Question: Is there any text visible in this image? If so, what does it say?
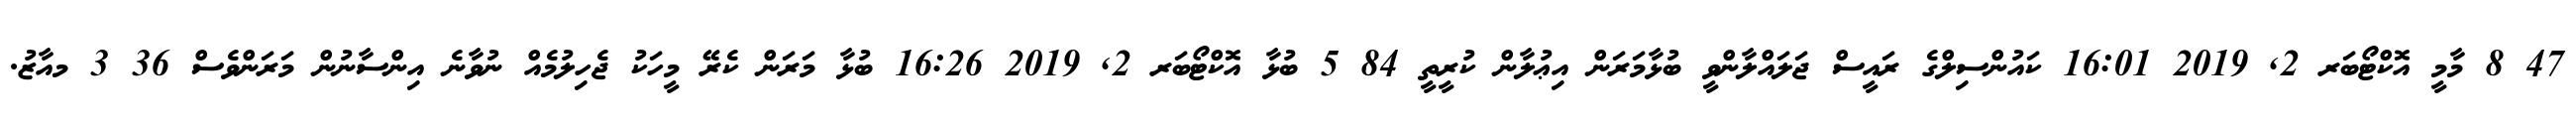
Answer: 47 8 މާމީ އޮކްޓޯބަރ 2, 2019 16:01 ކައުންސިލްގެ ރައީސް ޖަލައްލާންވީ ބުޅާމަރަން އިޢުލާން ކުރީތީ 84 5 ބުޅާ އޮކްޓޯބަރ 2, 2019 16:26 ބުޅާ މަރަން ކެރޭ މީހަކު ޖެހިލުމެއް ނުވާނެ އިންސާނުން މަރަންވެސް 36 3 މއާޒު.